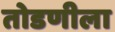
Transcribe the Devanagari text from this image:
तोडणीला